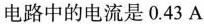
电路中的电流是0.43A